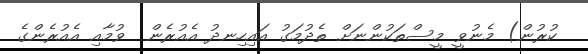
ކުރުން) މެނުވީ މީސްތަކުންނަށް ތެދުމަގު އައިހިނދު އެއުރެން  ވުމާއި އެއުރެންގެ